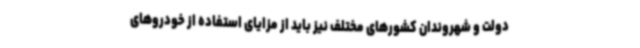
دولت و شهروندان کشورهای مختلف نیز باید از مزایای استفاده از خودروهای